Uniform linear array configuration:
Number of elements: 64
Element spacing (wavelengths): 0.25
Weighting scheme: uniform
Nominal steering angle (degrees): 30
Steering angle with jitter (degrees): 29.367
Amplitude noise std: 0.05
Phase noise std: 0.05

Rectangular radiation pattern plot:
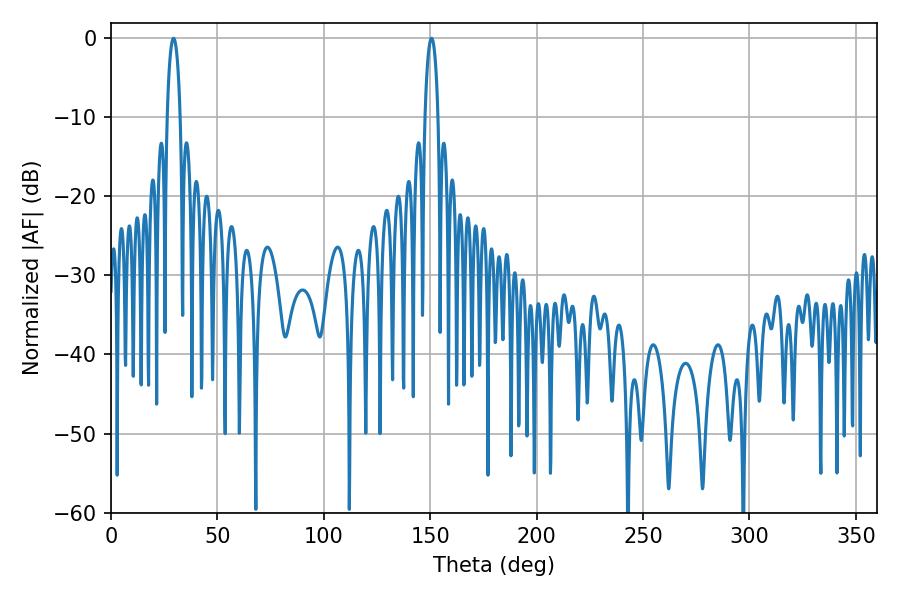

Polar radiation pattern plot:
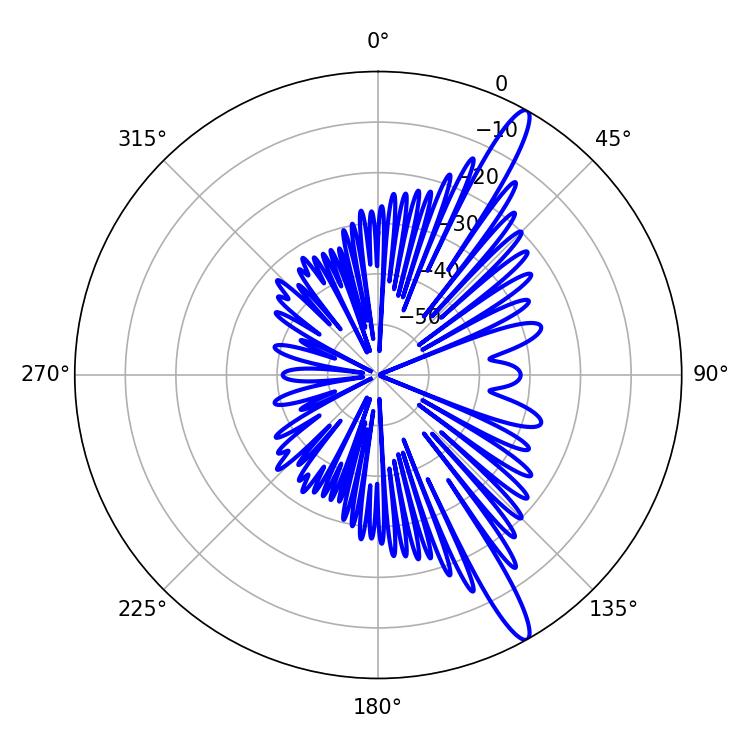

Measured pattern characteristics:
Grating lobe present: FALSE
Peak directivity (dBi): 14.52
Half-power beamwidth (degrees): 3.42
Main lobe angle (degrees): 29.34